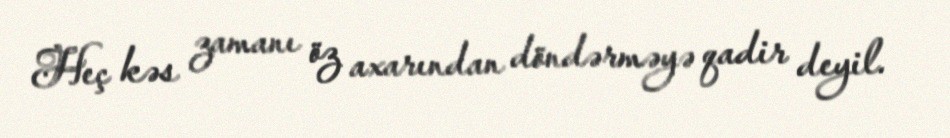
Heç kəs zamanı öz axarından döndərməyə qadir deyil.